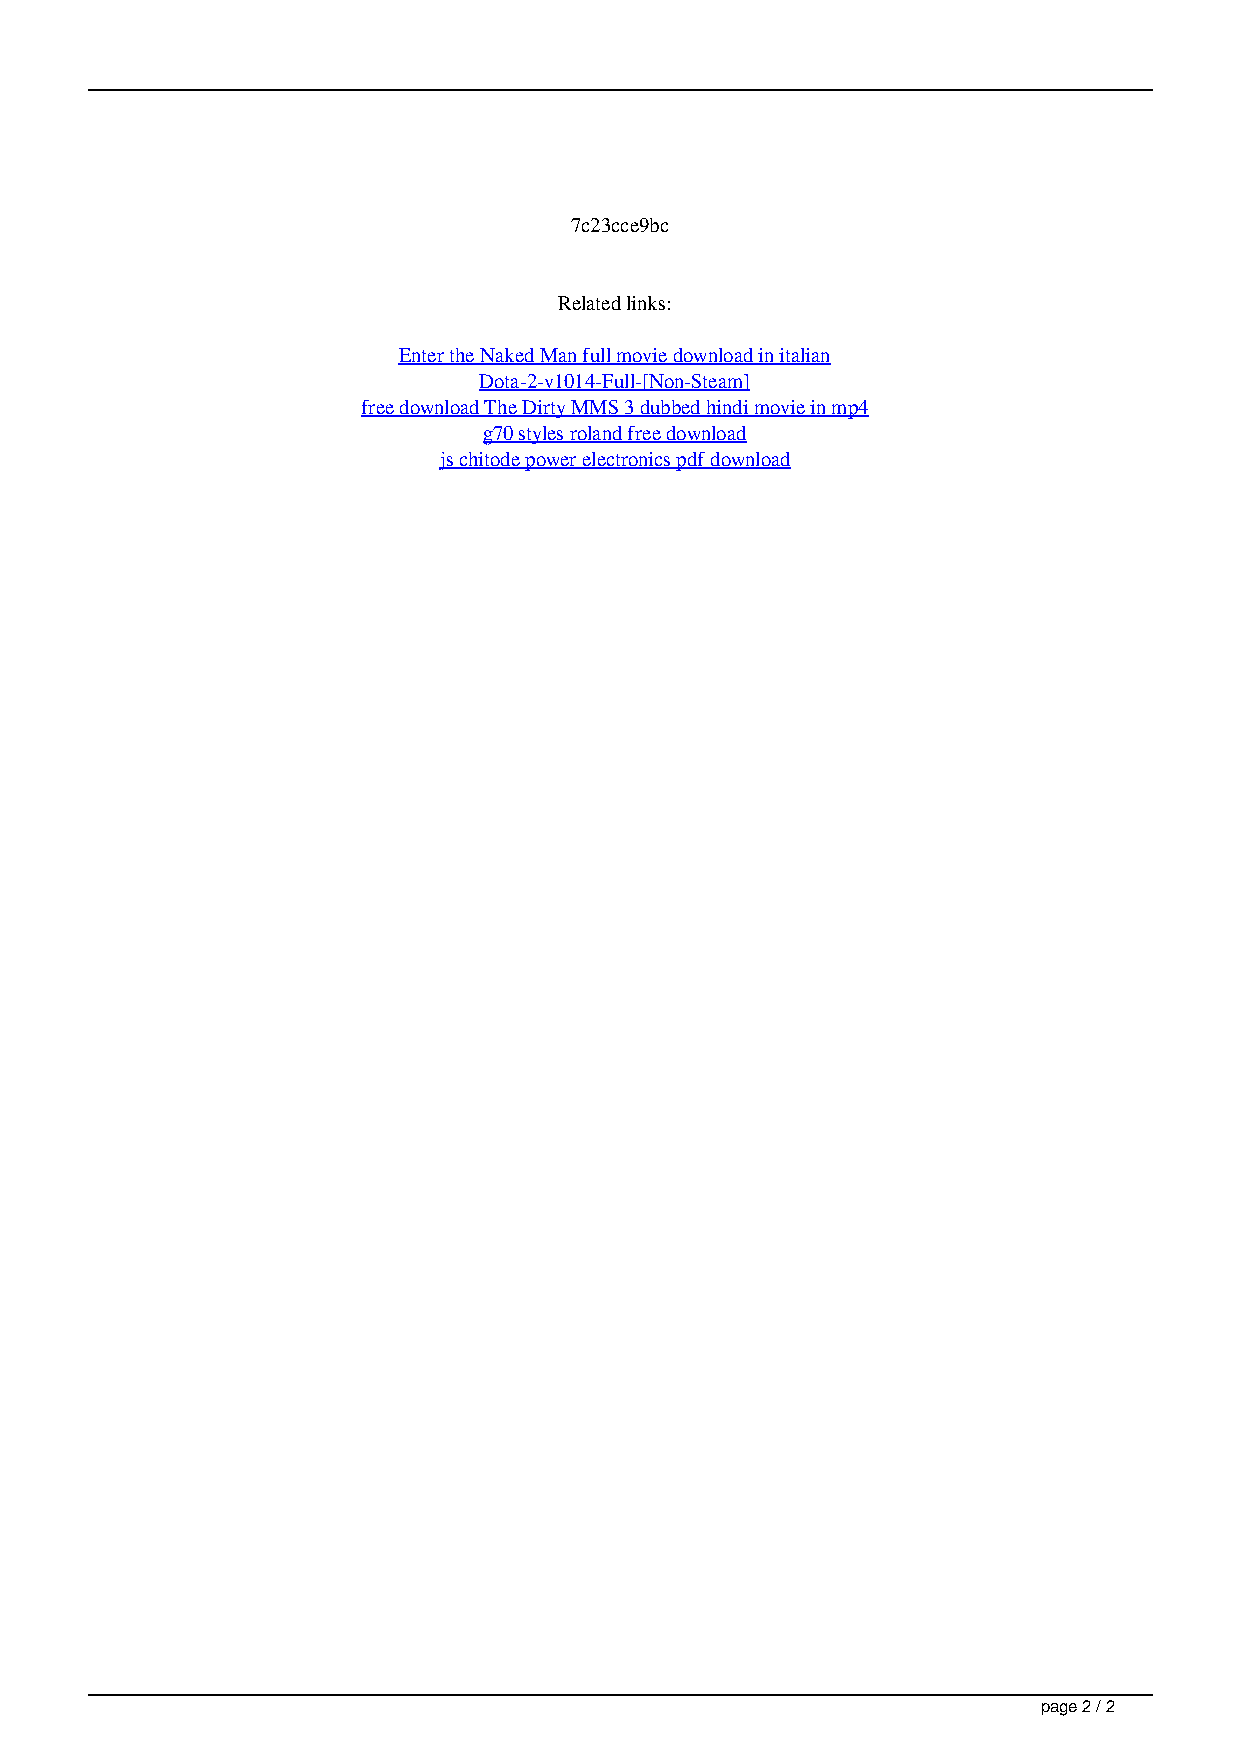
7c23cce9bc
 Related links:
 Enter the Naked Man full movie download in italian
 Dota-2-v1014-Full-[Non-Steam]
 free download The Dirty MMS 3 dubbed hindi movie in mp4
 g70 styles roland free download
 js chitode power electronics pdf download
 page 2 / 2
 Galatasaray Ve Besiktas N Eski Y Ld Z Aytemiz Alanyasporda